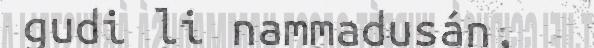
gudi li nammadusán,